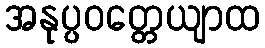
အနုပ္ပဝတ္တေယျာထ